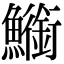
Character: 䲗